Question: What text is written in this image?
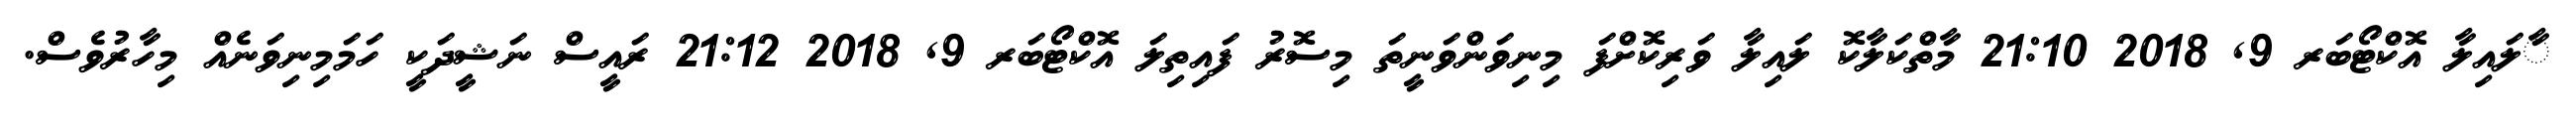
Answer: ާލައިލާ އޮކްޓޯބަރ 9, 2018 21:10 މާތްކަލާކޮ ލައިލާ ވަރިކޮށްފަ މިނިވަންވަނީތަ މިސޮރު ފައިތިލަ އޮކްޓޯބަރ 9, 2018 21:12 ރައީސް ނަޝީދަކީ ހަމަމިނިވަނެއް މިހާރުވެސް.